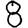
Digit: 8